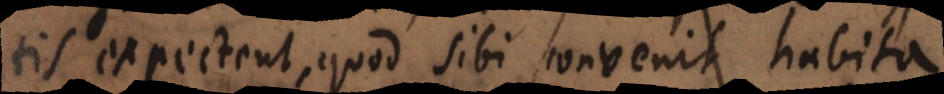
tis expectent, quod sibi convenit habita